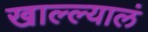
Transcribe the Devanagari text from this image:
खाल्ल्यालं